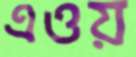
এওয়